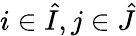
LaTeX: i\in\hat{I},j\in\hat{J}